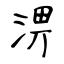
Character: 淠